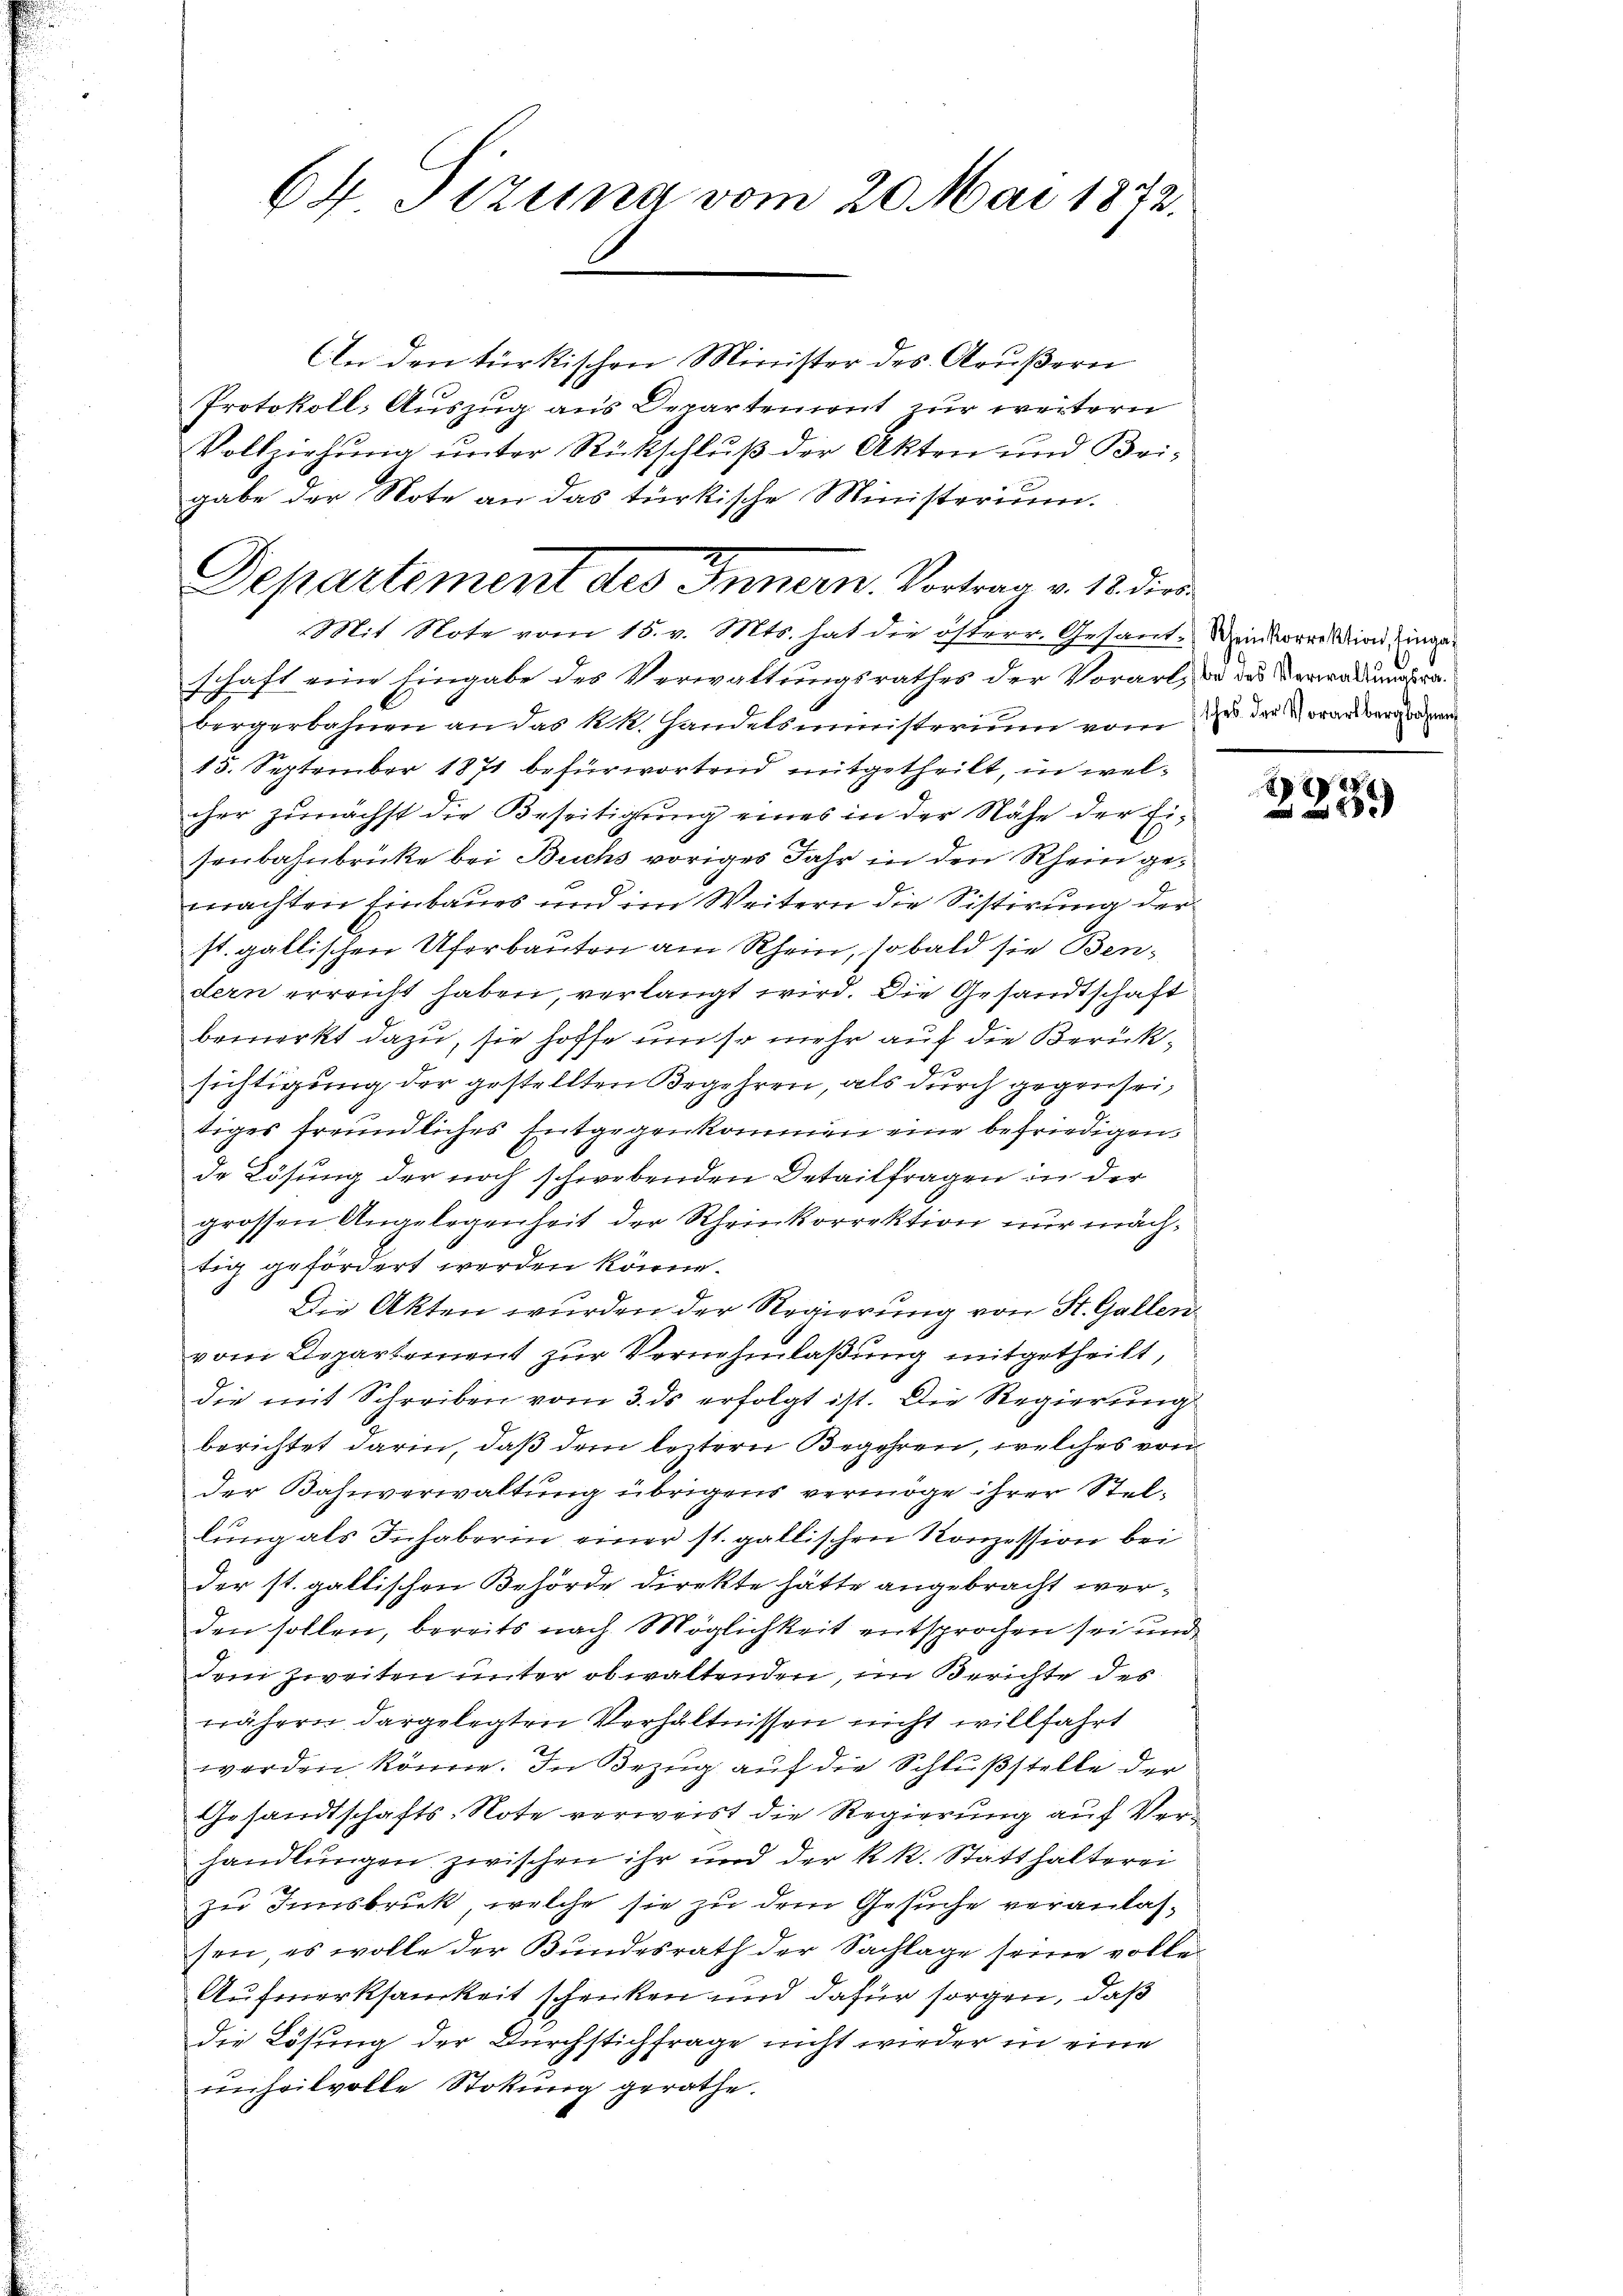
64 Sizung vom 20. Mai 1872.

An den türkischen Minister des Grußern
Protokoll, Auszug aus Departement zur weitern
Vollziehung unter Rückschluß der Akten und Bei-
gabe der Note an das türkische Ministerium.
Mit Note vom 15. v. Mts. hat die österr. Gesamt-Weinkorrektion eingeschaft eine Eingabe des Verwaltungsrathes der Vorart, da das Verwaduundrabergerbahnen an das kk. Handelsministerium vom 22. der Voran verandern
15. September 1871 befürwortend mitgetheilt, in welcher zunächst die Beseitigung eines in der Nähe der Eisenbahnbrücke bei Buchs voriges Jahr in den Rhein gemachten Einbaues und im Weitern die Sistirung der
st. gallischen Uferbauten am Rhein, sobald sie Bendern erreicht haben, verlangt wird. Die Gesandtschaft
bemerkt dazu, sie hoffe um so mehr auf die Berücksichtigung der gestellten Begehren, als durch gegenseitiges freundliches Entgegenkommen eine befriedigen,
de Lösung der noch schwebenden Detailfragen in der
grossen Angelegenheit der Rheinkorrektion nur machtig gefördert werden könn.
Die Akten wurden der Regierung von St. Gallen
vom Departement zur Vernehmlaßung mitgetheilt,
die mit Schreiben vom 3. ds erfolgt ist. Die Regierung
berichtet darin, daß dem leztern Begehren, welches von
der Bahnverwaltung übrigens vermöge ihrer Stellung als Inhaberin einer st. gallischen Konzession bei
der st. gallischen Behörde direkte hätte angebracht werden sollen, bereits nach Möglichkeit entsprochen sei und
dem zweiten unter obwaltenden, im Berichte des
wähern dargelegten Verhältnissen nicht willfahrt
werden könne. In Bezug auf die Schlußstelle der
Gesandtschafts-Note verweist die Regierung auf Verhandlungen zwischen ihr und der k.k. Statthalterei
zu Innsbruck, welche sie zu dem Gesuche veranlassen, es wolle der Bundesrath der Sachlage seine volle
Aufmerksamkeit schenken und dafür sorgen, daß
die Lösung der Durchstichfrage nicht wieder in eine
ŭnsoilvolle Stokung gerathe.

Departement des Innern. Vortrag v. 12. die

.
2231)